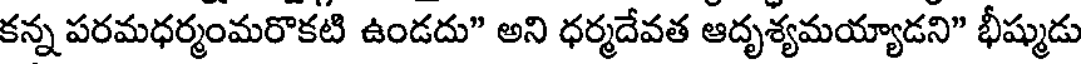
కన్న పరమధర్మంమరొకటి ఉండదు" అని ధర్మదేవత ఆదృశ్యమయ్యాడని" భీష్ముడు